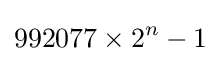
992077\times 2^{n}-1